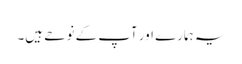
یہ ہمارے اور آپ کے نوحے ہیں۔